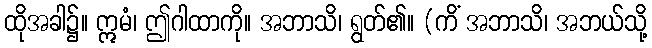
ထိုအခါ၌။ ဣမံ၊ ဤဂါထာကို။ အဘာသိ၊ ရွတ်၏။ (ကိံ အဘာသိ၊ အဘယ်သို့